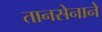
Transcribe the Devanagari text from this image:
तानसेनाने